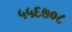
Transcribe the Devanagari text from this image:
५५६७०८